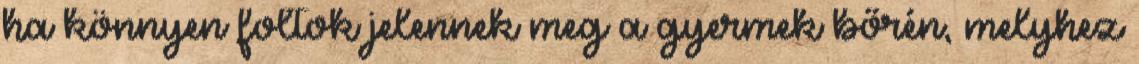
ha könnyen foltok jelennek meg a gyermek bőrén, melyhez